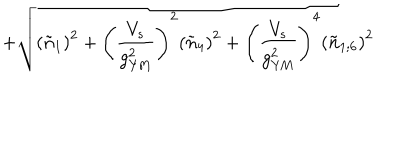
\, + \sqrt { \left( \tilde { n } _ { 1 } \right) ^ { 2 } + \left( \frac { V _ { s } } { g _ { \mathrm { Y M } } ^ { 2 } } \right) ^ { 2 } \left( \tilde { n } _ { 4 } \right) ^ { 2 } + \left( \frac { V _ { s } } { g _ { \mathrm { Y M } } ^ { 2 } } \right) ^ { 4 } \left( \tilde { n } _ { 1 ; 6 } \right) ^ { 2 } }